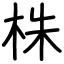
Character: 株